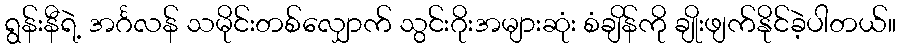
ရွန်းနီရဲ့ အင်္ဂလန် သမိုင်းတစ်လျှောက် သွင်းဂိုးအများဆုံး စံချိန်ကို ချိုးဖျက်နိုင်ခဲ့ပါတယ်။